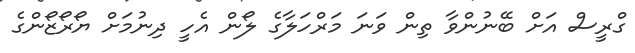
ގްރީސް އަށް ބޭނުންވާ ތިން ވަނަ މަރްހަލާގެ ލޯން އެހީ ދިނުމަށް ޔޯރޯޒޯންގެ